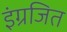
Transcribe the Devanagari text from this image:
इंग्रजित